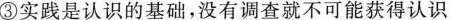
③实践是认识的基础，没有调查就不可能获得认识